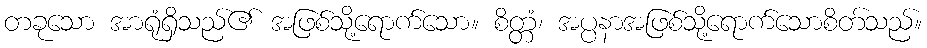
တခုသော အာရုံရှိသည်၏ အဖြစ်သို့ရောက်သော။ စိတ္တံ၊ အပ္ပနာအဖြစ်သို့ရောက်သောစိတ်သည်။